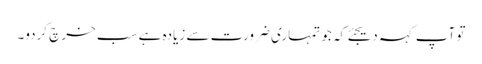
تو آپ کہہ دیجئے کہ جو تمہاری ضرورت سے زیادہ ہے سب خرچ کردو۔